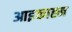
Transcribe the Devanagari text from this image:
आइकाह्न